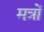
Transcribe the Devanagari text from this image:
मत्रों